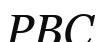
РВС